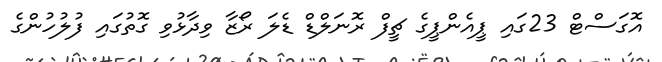
އޮގަސްޓް 23ގައި ޕީއެންޕީގެ ޗީފް ރޮނަލްޑް ޑެލަ ރޯޒާ ވިދާޅުވި ގޮތުގައި ފުލުހުންގެ